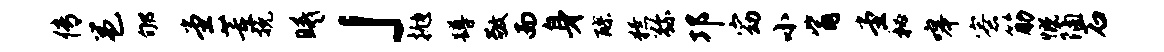
传邕郇堂董挽曦」抛蹲敬而身醪獠弥邛窈小觜堂秘嗥寮筋慨隔石